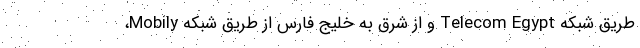
طریق شبکه Telecom Egypt و از شرق به خلیج فارس از طریق شبکه Mobily،